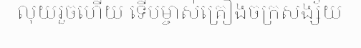
លុយរួចហើយ ទើបម្ចាស់គ្រឿងចក្រសង្ស័យ